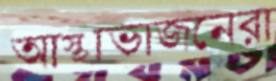
আস্থাভাজনেরা